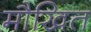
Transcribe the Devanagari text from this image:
मौखित